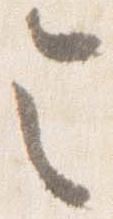
令